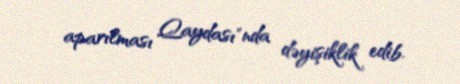
aparılması Qaydası"nda dəyişiklik edib.